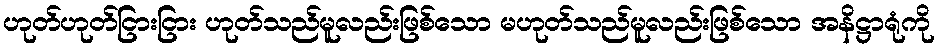
ဟုတ်ဟုတ်ငြားငြား ဟုတ်သည်မူလည်းဖြစ်သော မဟုတ်သည်မူလည်းဖြစ်သော အနိဋ္ဌာရုံကို